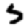
Digit: 5